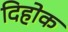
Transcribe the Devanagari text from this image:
दिहोक